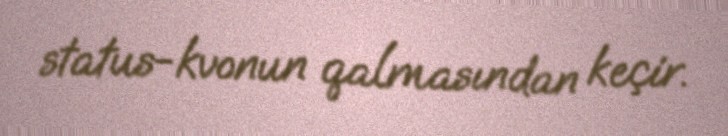
status-kvonun qalmasından keçir.